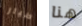
طيار هنا